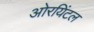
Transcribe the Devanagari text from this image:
ओरयिंटल